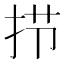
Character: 𰓜